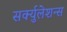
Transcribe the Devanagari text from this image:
सर्क्युलेशन्स